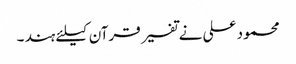
محمود علی نے تفسیر قرآن کیلئے ہند ۔